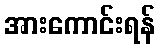
အားကောင်းရန်